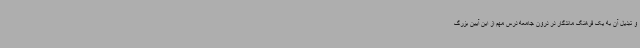
و تبدیل آن به یک فرهنگ ماندگار در درون جامعه درس مهم از این آیین بزرگ